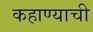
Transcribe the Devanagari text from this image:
कहाण्याची